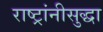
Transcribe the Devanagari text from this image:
राष्ट्रांनीसुद्धा